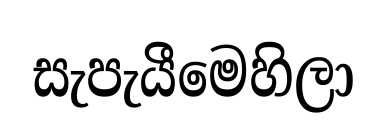
සැපැයීමෙහිලා